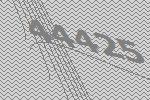
44425